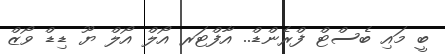
ބީ މައި ބެސްޓް ފްރެންޑް.. އާފްޓަރ އޯލް އޯލް ޔޫ ޑިޑް ވޯޒް